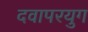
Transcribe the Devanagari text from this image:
दवापरयुग